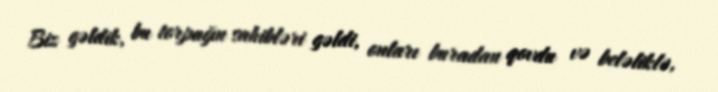
Biz gəldik, bu torpağın sahibləri gəldi, onları buradan qovdu və beləliklə,